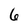
Character: 6